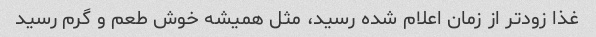
غذا زودتر از زمان اعلام شده رسید، مثل همیشه خوش طعم و گرم رسید